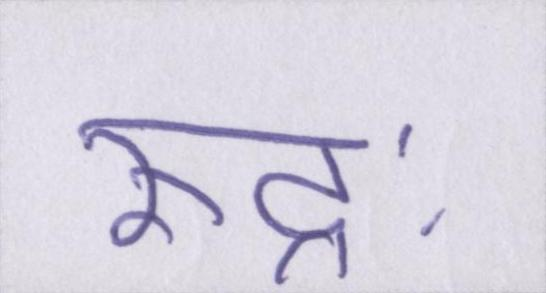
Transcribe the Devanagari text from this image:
रुद्रः